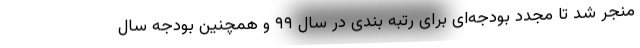
منجر شد تا مجدد بودجه‌ای برای رتبه بندی در سال ۹۹ و همچنین بودجه سال